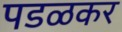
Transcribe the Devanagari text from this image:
पडळकर